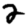
Digit: 2